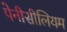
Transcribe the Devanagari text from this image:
पेनीसीलियम